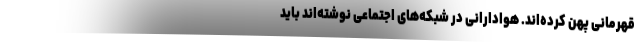
قهرمانی پهن کرده‌اند. هوادارانی در شبکه‌های اجتماعی نوشته‌اند باید